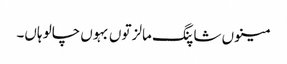
مینوں شاپنگ مالز توں بہوں چالو ہاں۔